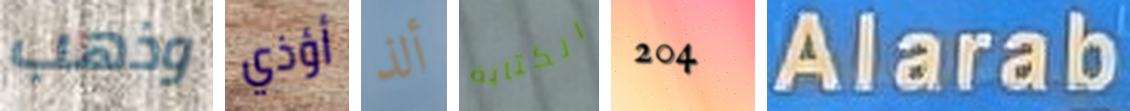
وذهب أؤذي ألذ الكتابه 204 Alarab